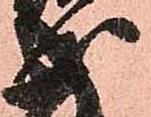
成